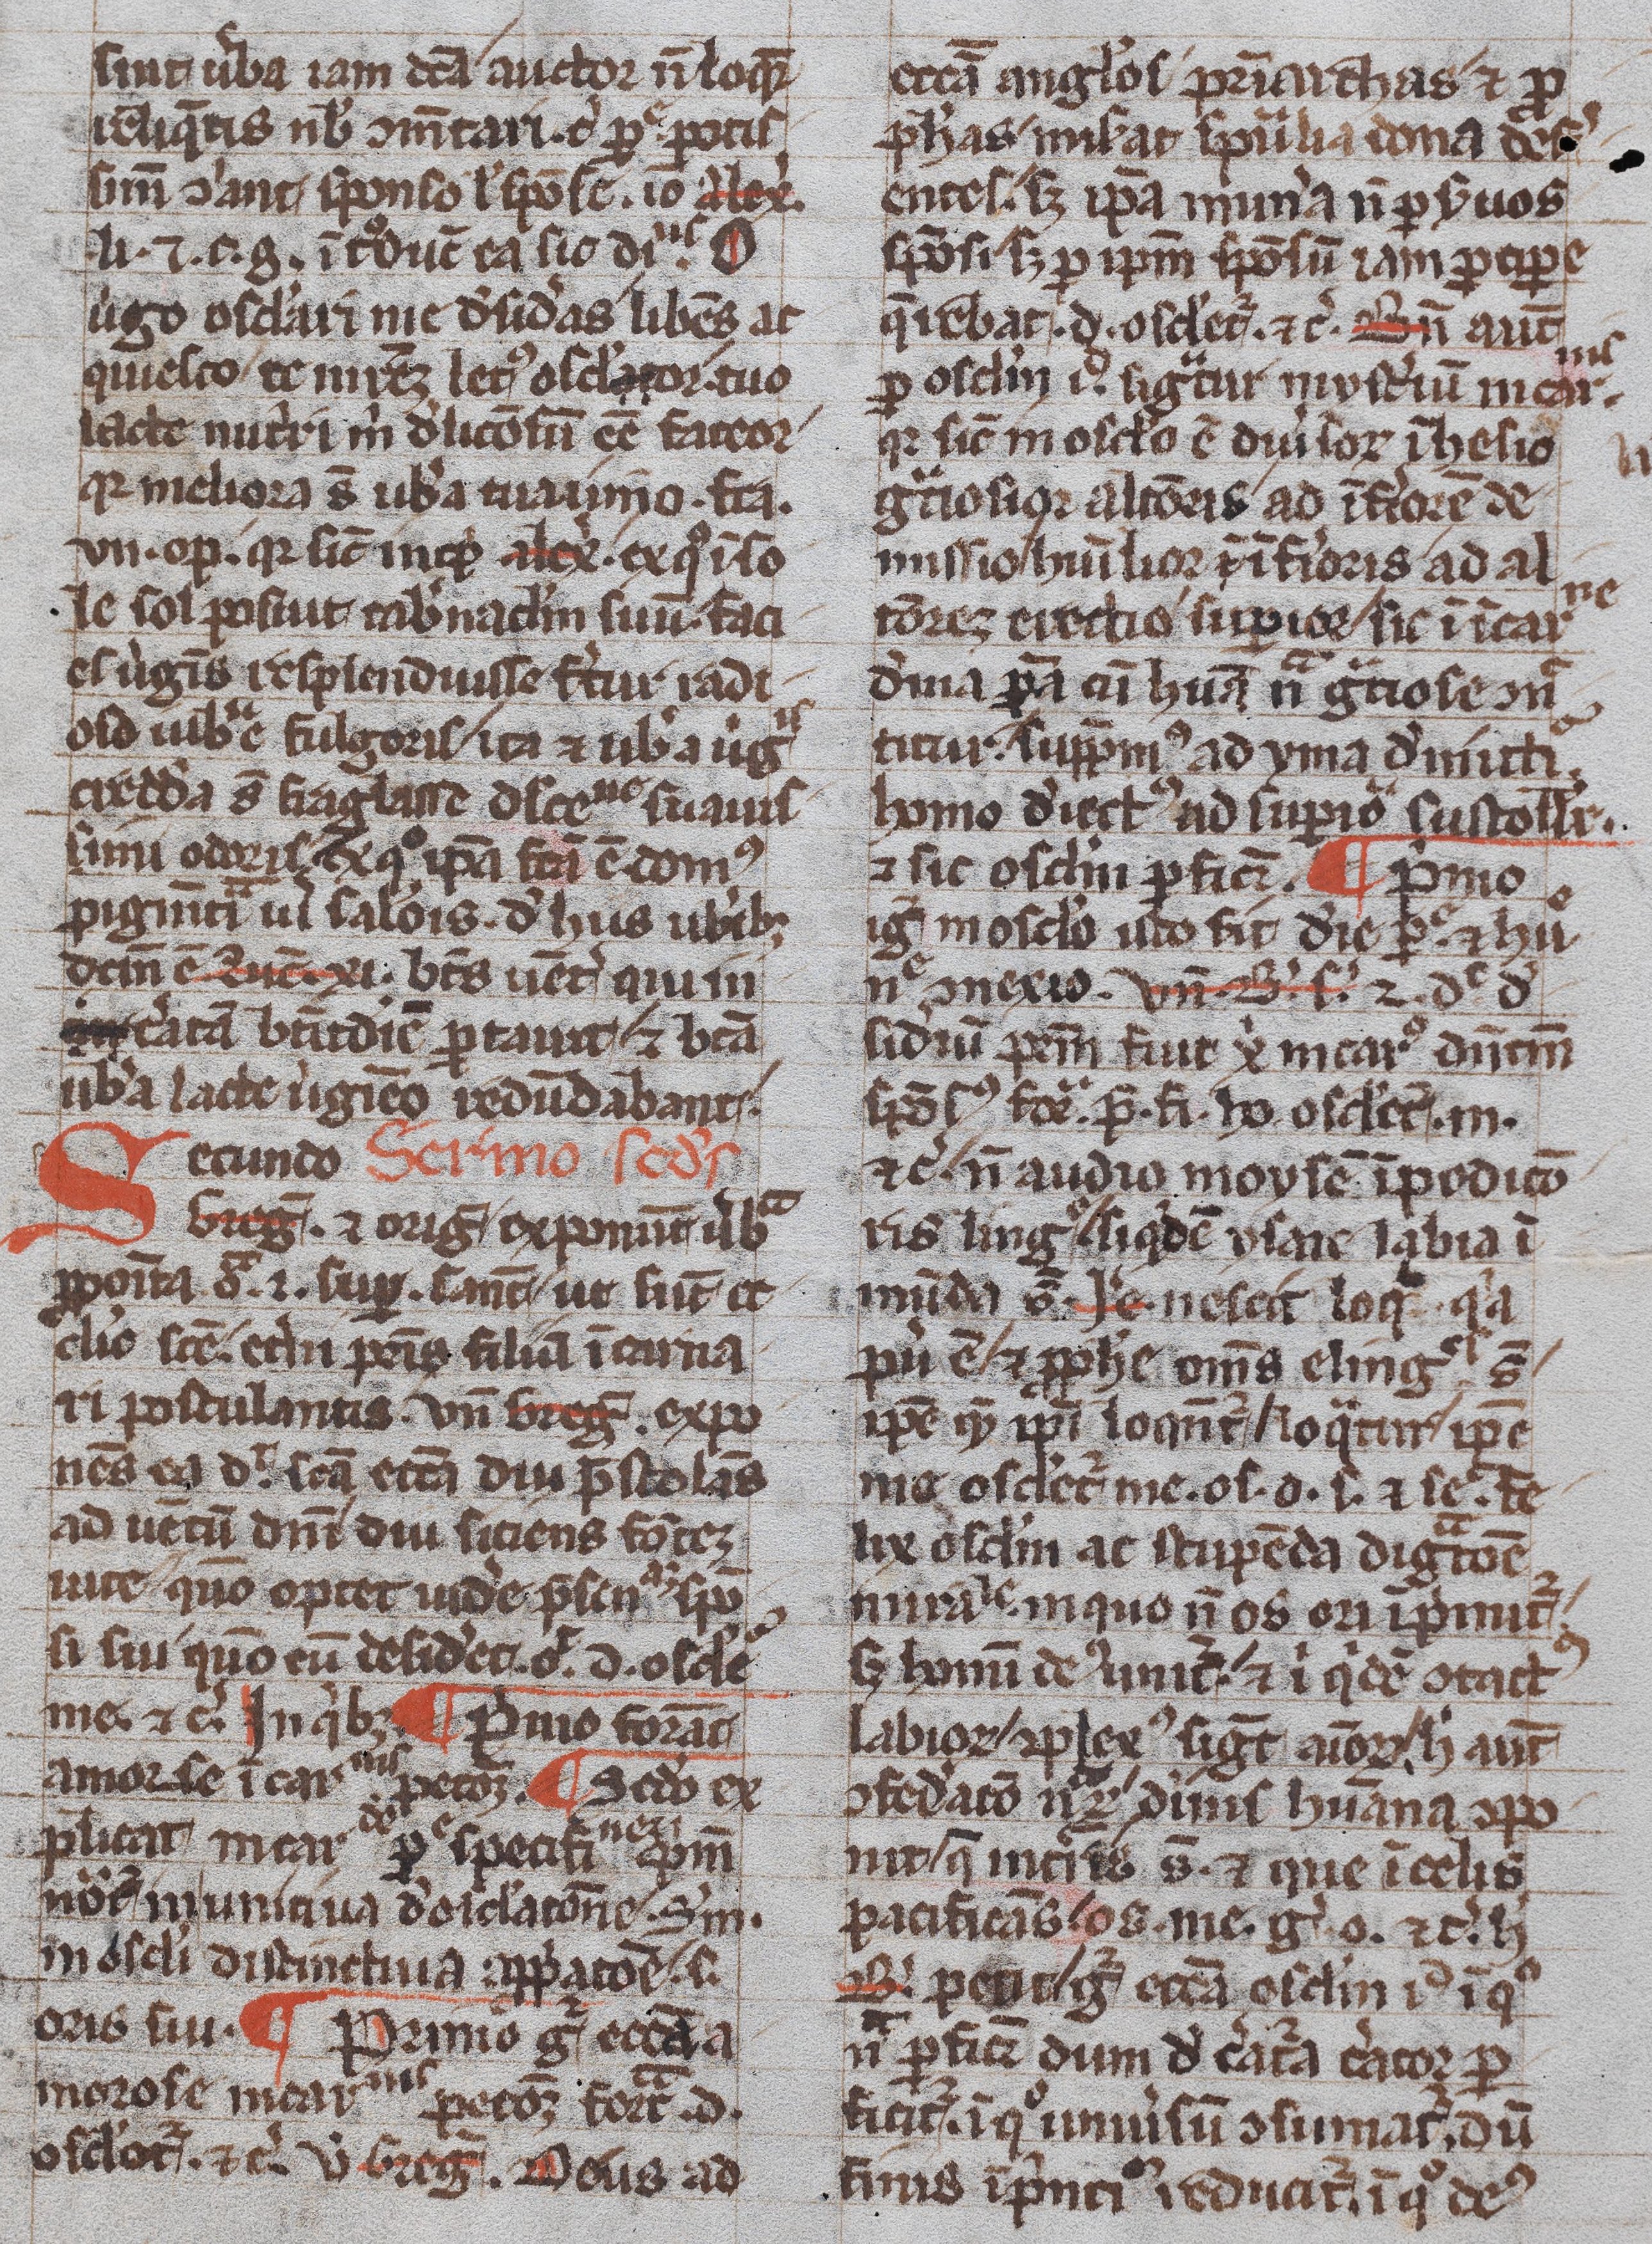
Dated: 1300–1399